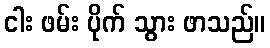
ငါး ဖမ်း ပိုက် သွား ဖာသည်။